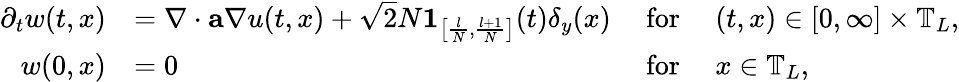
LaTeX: \begin{array}{rlrl}{\partial_{t}w(t,x)}&{=\nabla\cdot\mathbf{a}\nabla u(t,x)+\sqrt{2}N{\boldsymbol{1}}_{\left[\frac{l}{N},\frac{l+1}{N}\right]}(t)\delta_{y}(x)}&{~\mathrm{for}~}&{(t,x)\in[0,\infty]\times\mathbb{T}_{L},}\\ {w(0,x)}&{=0}&{~\mathrm{for}~}&{x\in\mathbb{T}_{L},}\end{array}